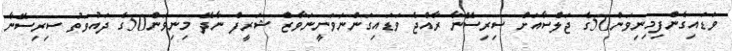
ވަޑައިގެންފިމިނިވަން50ގެ ޖަލްސާއަށް ސިރިސޭނާ ރާއްޖެ ވަޑައިގަންނަވަނީނަވާޒް ޝަރީފް ނާދޭ މިނިވަން50ގެ ދައުވަތު ސިރިސޭނާ